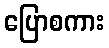
ပြောစကား